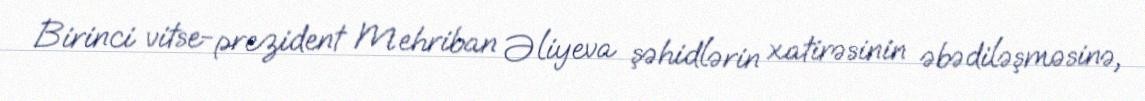
Birinci vitse-prezident Mehriban Əliyeva şəhidlərin xatirəsinin əbədiləşməsinə,